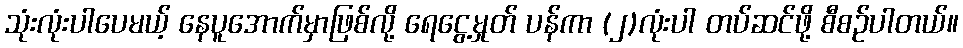
သုံးလုံးပါပေမယ့် နေပူအောက်မှာဖြစ်လို့ ရေငွေ့မှုတ် ပန်ကာ (၂)လုံးပါ တပ်ဆင်ဖို့ စီစဉ်ပါတယ်။